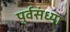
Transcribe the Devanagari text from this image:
पुर्वसंध्या